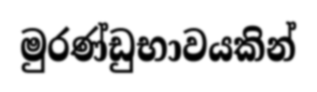
මුරණ්ඩුභාවයකින්